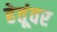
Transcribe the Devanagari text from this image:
हेतूंवर